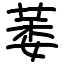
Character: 萎